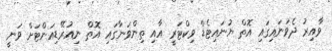
ވާއިރު ދެވަނައިގައި އޮތް ޔުނައިޓެޑް ވިކްޓަރީ އާއި ތިންވަނާގައި އޮތް ނިއުރޭޑިއަންޓަށް ވަނީ